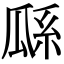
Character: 𤫺